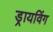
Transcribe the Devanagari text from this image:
ड्रायविंग